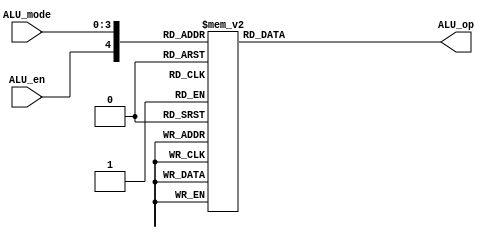
`default_nettype none
module ALU_cntrl (ALU_mode, ALU_en, ALU_op);
input wire [3:0]ALU_mode;
input wire ALU_en;
output wire [7:0]ALU_op;
reg [7:0] ALU_op_temp;

//ALU work mode:
//4'd0(7): signed add----JR,JALR,ADDI,LD,ST,STU,ADD
//4'd1(2): signed sub----SUBI,SUB
//4'd2(2): unsigned XOR--XORI XOR
//4'd3:(2): unsigned andn--ANDN, ANDNI
//4'd4(2): Left shift----SLL, SLLI
//4'd5(2): Right shift----SRL, SRLI
//4'd6(2): Left rotate----ROL, ROLI
//4'd7(2): Right rotate----ROR, RORI

//4'd8(11): IDLE, donothing, For the distinction with the sll, set 'signed' to 1
//HALT, NOP, siic, NOP/RTI, J
//JAL, BEQZ, BLTZ, BNEZ, BGEZ
//LBI,
//4'd9(1):(RS left shift 8 )and I----SBLI
//4'd10(1):unsigned add----SCO
//4'd11(1):BTR ALL swipe----BTR
//4'd12,13,14(3):compare and set 1/0----SEQ, SLT, SLE, 


/*  ALU_op[7:0]:
    [7]:Cin, only be 1 when we start a subtraction
    [3:6]:ALU oper, from 000 to 111, include shift, add, or, and, xor
    [2]:invA   set 1 in SUB and SUBI
    [1]:invB   set 1 in ANDN and ANDNI
    [0]:signed or unsigned   */

wire [4:0]ALU_en_mode;
assign ALU_en_mode={ALU_en,ALU_mode};
assign ALU_op = ALU_op_temp;

always@(*) begin
    //ALU_op_temp=8'd0;

    case(ALU_en_mode)
        5'b1_1000:begin//mode 8, IDLE, dis_enable,ALU do nothing
            ALU_op_temp=8'b0_0000_0_0_1;//Cin_opercode_invA_invB_sign 
        end
        
        5'b1_0000:begin//mode 0,signed add----JR,JALR,ADDI,LD,ST,STU,ADD
            ALU_op_temp=8'b0_0100_0_0_1;
        end
        
        5'b1_0001:begin//mode 1, signed sub----SUBI,SUB
         ALU_op_temp=8'b1_0100_1_0_1;
        end

        5'b1_0010:begin//mode 2, unsigned XOR--XORI XOR
            ALU_op_temp=8'b0_0111_0_0_0;
        end
        5'b1_0011:begin//mode 3, unsigned andn--ANDN, ANDNI
            ALU_op_temp=8'b0_0101_0_1_0;
        end

        5'b10100:begin//mode 4, Left shift----SLL, SLLI
            ALU_op_temp=8'b0_0000_0_0_0;
        end

        5'b1_0101:begin//mode 5, Right shift----SRL, SRLI
            ALU_op_temp=8'b0_0001_0_0_0;
        end

        5'b1_0110:begin//mode 6, Left rotate----ROL, ROLI
            ALU_op_temp=8'b0_0010_0_0_0;
        end

        5'b1_0111:begin//mode 7, Right rotate----ROR, RORI
            ALU_op_temp=8'b0_0011_0_0_0;
        end
        
        5'b1_1001:begin//mode 9, (RS left shift 8 )and I----SLBI, use the oper 'or' in alu
            ALU_op_temp=8'b0_0110_0_0_0;    
        end

        5'b1_1010: begin//mode 10, unsigned add----SCO
            ALU_op_temp=8'b0_1100_0_0_0;    
        end

        5'b1_1011: begin//mode 11, ALL swipe----BTR
            ALU_op_temp=8'b0_1000_0_0_0;    
        end

        5'b1_1100: begin//mode 12, compare and set 1/0----SEQ   
            ALU_op_temp=8'b0_1001_0_0_0;    
        end

        5'b1_1101: begin//mode 13, compare and set 1/0----SLT (get the result_a from subi, and compare with 0)
            ALU_op_temp=8'b1_1010_0_1_1;    
        end
        
        5'b1_1110: begin//mode 14, compare and set 1/0----SLE (get the result_a from subi, and compare with 0)
            ALU_op_temp=8'b1_1011_0_1_1;    
        end
    //oper 0-7 for normal
    //oper 8 forBTR
    //oper 9 for SEQ
    //oper 10 for SLT
    //oper 11 for SLE
      default: begin// same as the IDLE, ALU do nothing
        ALU_op_temp=8'b0_0000_0_0_1;//Cin_opercode_invA_invB_sign
        //$display("Here 2");
        end
    endcase
end


endmodule